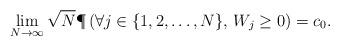
LaTeX: \begin{align*}\lim_{N\to\infty } \sqrt{N}\P\left( \forall j\in \{1,2, \dots, N \},\, W_j\geq 0 \right) = c_0 .\end{align*}